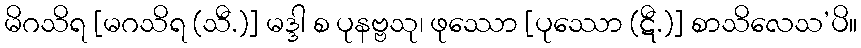
မိဂသိရ [မဂသိရ (သီ.)] မဒ္ဒါ စ ပုနဗ္ဗသု၊ ဖုဿော [ပုဿော (ဋီ.)] စာသိလေသ’ပိ။